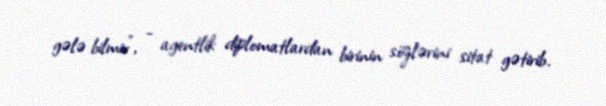
gələ bilmir”, - agentlik diplomatlardan birinin sözlərini sitat gətirib.